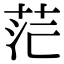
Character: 𮎷